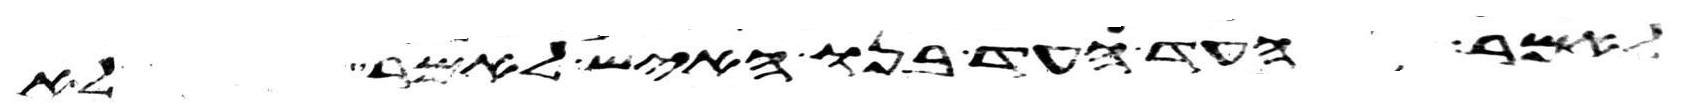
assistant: לאמר העד העד בנו האיש לאמר לא